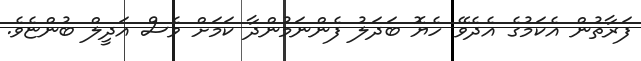
ފަރާތުން އެކަމުގެ އެދެވޭ ހެޔޮ ބަދަލު ފެންނަމުންދާ ކަމަށް ވެސް އަދީލް ބުންޏެވެ.